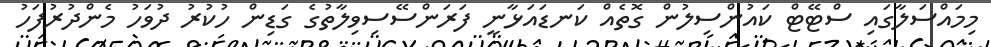
މިމައްސަލާގައި ސްޓޭޓް ކައުންސިލުން ގޮތެއް ކަނޑައަޅާނީ ފަރަންސޭސިވިލާތުގެ ގަޑިން ހުކުރު ދުވަހު މެންދުރުފަހު